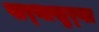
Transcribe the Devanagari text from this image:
खर्‍याखुर्‍या